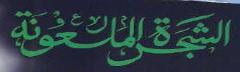
الش